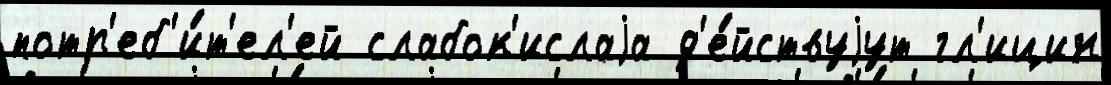
потр'еб'и́т'ел'ей слабок'ислаjа д'е́йствуjут гл'ицин